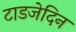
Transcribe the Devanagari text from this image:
टाडजेदिन